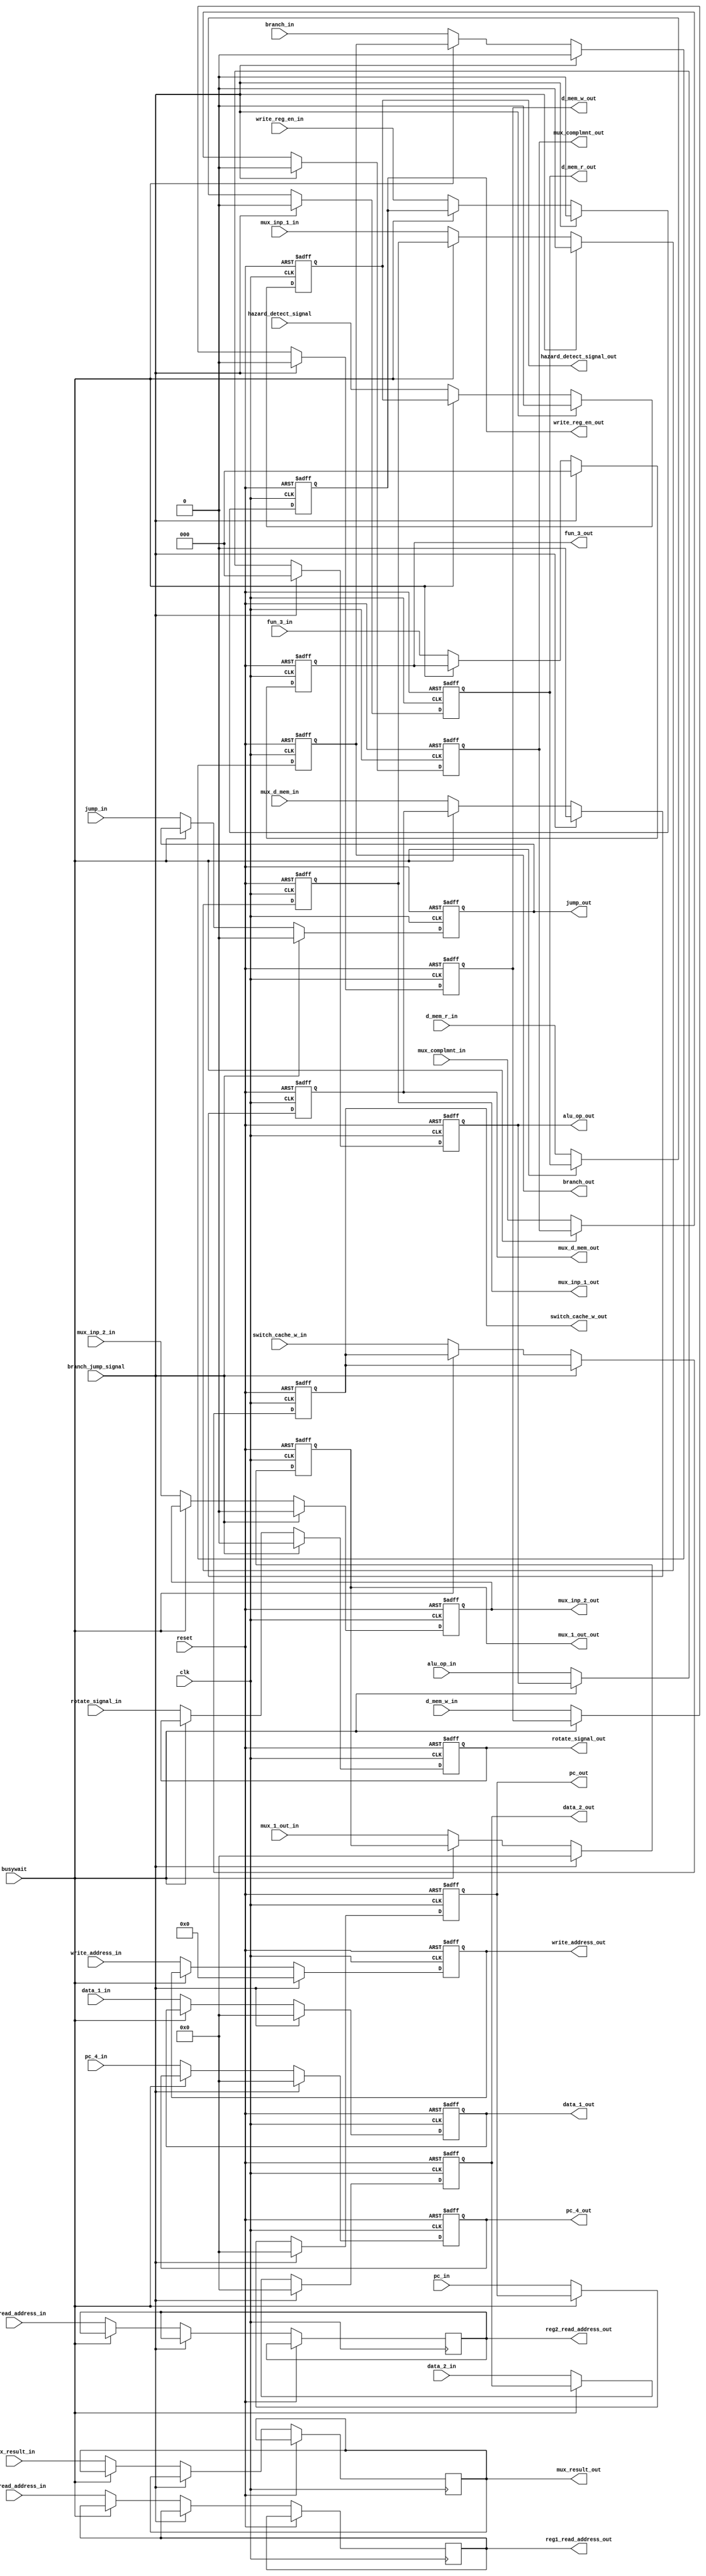
module ID(
  // inputs
  switch_cache_w_in,
  rotate_signal_in,
  d_mem_r_in, 
	d_mem_w_in,
  branch_in,
  jump_in,
  write_reg_en_in,
  mux_d_mem_in,
	mux_result_in,
	mux_inp_2_in, 
  mux_complmnt_in,
	mux_inp_1_in,
  alu_op_in,
  fun_3_in, // func 3 value
  write_address_in,
  data_1_in,
  data_2_in,
  mux_1_out_in,
  pc_in,
  pc_4_in,
  reset,
  clk,
  busywait,
  branch_jump_signal,
  reg2_read_address_in, // register read address in
  reg1_read_address_in,
  hazard_detect_signal,
  // outputs
  rotate_signal_out,
  mux_complmnt_out,
  mux_inp_2_out,
  mux_inp_1_out,
  mux_d_mem_out,
  write_reg_en_out,
  d_mem_r_out,
  d_mem_w_out,
  branch_out,
  jump_out,
  pc_4_out,
  pc_out,
  data_1_out,
  data_2_out,
  mux_1_out_out,
  mux_result_out,
  write_address_out,
  alu_op_out,
  fun_3_out, // func 3 value
  switch_cache_w_out,
  reg2_read_address_out, // register read address out
  reg1_read_address_out,
  hazard_detect_signal_out
  );

  input [31:0] pc_4_in, pc_in, data_1_in, data_2_in, mux_1_out_in;
  output reg [31:0] pc_4_out, pc_out, data_1_out, data_2_out, mux_1_out_out;

  input rotate_signal_in, mux_complmnt_in, mux_inp_2_in, mux_inp_1_in, mux_d_mem_in, write_reg_en_in, reset, clk, d_mem_r_in, d_mem_w_in, branch_in, jump_in,switch_cache_w_in;
  output reg rotate_signal_out, mux_complmnt_out, mux_inp_2_out, mux_inp_1_out, mux_d_mem_out, write_reg_en_out,d_mem_r_out, d_mem_w_out, branch_out, jump_out,switch_cache_w_out;

  input [2:0] alu_op_in, fun_3_in;
  output reg [2:0] alu_op_out, fun_3_out;

  input busywait,branch_jump_signal;

  input [1:0] mux_result_in;
  output reg [1:0] mux_result_out;

  input [4:0] write_address_in, reg2_read_address_in, reg1_read_address_in;
  output reg [4:0] write_address_out, reg2_read_address_out, reg1_read_address_out;

  input hazard_detect_signal;
  output reg hazard_detect_signal_out;

  // reg on;
  // // assign on <= 1'b0;

  // reg switch_cache_w_temp;
  // reg rotate_signal_temp;
  // reg mux_complmnt_temp;
  // reg mux_inp_2_temp;
  // reg mux_inp_1_temp;
  // reg mux_d_mem_temp;
  // reg write_reg_en_temp;
  // reg d_mem_r_temp;
  // reg d_mem_w_temp;
  // reg branch_temp;
  // reg jump_temp;
  // reg [31:0] pc_4_temp;
  // reg [31:0] pc_temp;
  // reg [31:0] data_1_temp;
  // reg [31:0] data_2_temp;
  // reg [31:0] mux_1_out_temp;
  // reg [1:0] mux_result_temp;
  // reg [4:0] write_address_temp;
  // reg [2:0] alu_op_temp;
  // reg [2:0] fun_3_temp;
  // reg [4:0] reg2_read_address_temp;
  // reg [4:0] reg1_read_address_temp;

  always @(posedge clk,posedge reset)
  begin
    // #1
    if(reset)begin

      switch_cache_w_out <=  1'b0;
      rotate_signal_out <=  1'b0;
      mux_complmnt_out <=  1'b0;
      mux_inp_2_out <= 1'b0;
      mux_inp_1_out <= 1'b0;
      mux_d_mem_out <=  1'b0;
      write_reg_en_out <= 1'b0;
      d_mem_r_out <= 1'b0;
      d_mem_w_out <=1'b0;
      branch_out <=1'b0;
      jump_out <=1'b0;

      alu_op_out <= 3'b000;
      fun_3_out <= 3'b000;

      pc_4_out <= 31'd0;
      pc_out <= 31'd0;
      data_1_out <= 31'd0;
      data_2_out <= 31'd0;
      mux_1_out_out <= 31'd0;

      write_address_out <= 5'd0;
      hazard_detect_signal_out <= 1'd0;
      
    end else if(branch_jump_signal)begin

      rotate_signal_out <=  1'b0;
      mux_complmnt_out <=  1'b0;
      mux_inp_2_out <= 1'b0;
      mux_inp_1_out <= 1'b0;
      mux_d_mem_out <=  1'b0;
      write_reg_en_out <= 1'b0;
      d_mem_r_out <= 1'b0;
      d_mem_w_out <=1'b0;
      branch_out <=1'b0;
      jump_out <=1'b0;

      alu_op_out <= 3'b000;
      fun_3_out <= 3'b000;

      pc_4_out <= 31'd0;
      pc_out <= 31'd0;
      data_1_out <= 31'd0;
      data_2_out <= 31'd0;
      mux_1_out_out <= 31'd0;

      write_address_out <= 5'd0;
      hazard_detect_signal_out <= 1'd0;

    end else if (!busywait) begin
      switch_cache_w_out <= switch_cache_w_in;
      rotate_signal_out <=rotate_signal_in;
      mux_complmnt_out <=mux_complmnt_in;
      mux_inp_2_out <= mux_inp_2_in;
      mux_inp_1_out <=mux_inp_1_in;
      mux_d_mem_out <=  mux_d_mem_in;
      write_reg_en_out <= write_reg_en_in;
      d_mem_r_out <= d_mem_r_in;
      d_mem_w_out <=d_mem_w_in;
      branch_out <=branch_in;
      jump_out <=jump_in;

      pc_4_out <=pc_4_in;
      pc_out <= pc_in;
      data_1_out <=data_1_in;
      data_2_out <=data_2_in;
      mux_1_out_out <=mux_1_out_in;

      mux_result_out <=mux_result_in;

      write_address_out <=write_address_in;

      alu_op_out <=alu_op_in;
      fun_3_out <=fun_3_in;
      reg2_read_address_out <= reg2_read_address_in;
      reg1_read_address_out <= reg1_read_address_in;
      hazard_detect_signal_out <= hazard_detect_signal;

    end

  end

  // always @(posedge busywait) begin
  //     on <= 1'b1;
  //     switch_cache_w_temp <= switch_cache_w_in;
  //     rotate_signal_temp <=rotate_signal_in;
  //     mux_complmnt_temp <=mux_complmnt_in;
  //     mux_inp_2_temp <= mux_inp_2_in;
  //     mux_inp_1_temp <=mux_inp_1_in;
  //     mux_d_mem_temp <=  mux_d_mem_in;
  //     write_reg_en_temp <= write_reg_en_in;
  //     d_mem_r_temp <= d_mem_r_in;
  //     d_mem_w_temp <=d_mem_w_in;
  //     branch_temp <=branch_in;
  //     jump_temp <=jump_in;
  //     pc_4_temp <=pc_4_in;
  //     pc_temp <= pc_in;
  //     data_1_temp <=data_1_in;
  //     data_2_temp <=data_2_in;
  //     mux_1_out_temp <=mux_1_out_in;
  //     mux_result_temp <=mux_result_in;
  //     write_address_temp <=write_address_in;
  //     alu_op_temp <=alu_op_in;
  //     fun_3_temp <=fun_3_in;
  //     reg2_read_address_temp <= reg2_read_address_in;
  //     reg1_read_address_temp <= reg1_read_address_in;
  // end

  // always @(negedge busywait) begin
  //     if(on) begin
  //       on <= 1'b0;
  //       switch_cache_w_out <= switch_cache_w_temp;
  //       rotate_signal_out <=rotate_signal_temp;
  //       mux_complmnt_out <=mux_complmnt_temp;
  //       mux_inp_2_out <= mux_inp_2_temp;
  //       mux_inp_1_out <=mux_inp_1_temp;
  //       mux_d_mem_out <=  mux_d_mem_temp;
  //       write_reg_en_out <= write_reg_en_temp;
  //       d_mem_r_out <= d_mem_r_temp;
  //       d_mem_w_out <=d_mem_w_temp;
  //       branch_out <=branch_temp;
  //       jump_out <=jump_temp;

  //       pc_4_out <=pc_4_temp;
  //       pc_out <= pc_temp;
  //       data_1_out <=data_1_temp;
  //       data_2_out <=data_2_temp;
  //       mux_1_out_out <=mux_1_out_temp;

  //       mux_result_out <=mux_result_temp;

  //       write_address_out <=write_address_temp;

  //       alu_op_out <=alu_op_temp;
  //       fun_3_out <=fun_3_temp;
  //       reg2_read_address_out <= reg2_read_address_temp;
  //       reg1_read_address_out <= reg1_read_address_temp;
  //     end
  // end

endmodule